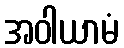
အဝါယာမံ